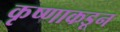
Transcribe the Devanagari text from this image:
कृष्णाकडून